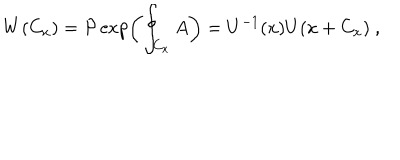
W ( C _ { x } ) = { \mathcal { P } } \exp \left( \oint _ { C _ { x } } A \right) = U ^ { - 1 } ( x ) U ( x + C _ { x } ) ~ ,